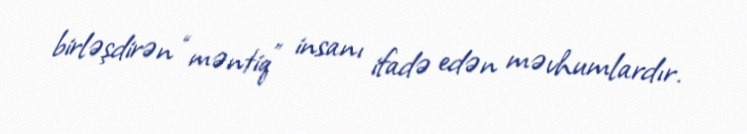
birləşdirən “məntiq” insanı ifadə edən məvhumlardır.